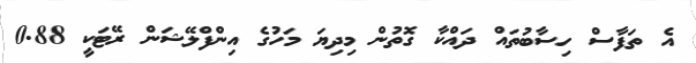
އެ ތަފާސް ހިސާބުތައް ދައްކާ ގޮތުން މިދިޔަ މަހުގެ އިންފްލޭޝަން ރޭޓަކީ 0.88